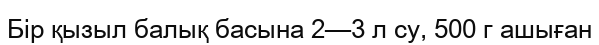
Бір қызыл балық басына 2—3 л су, 500 г ашыған